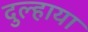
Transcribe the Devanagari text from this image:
दुल्हाया